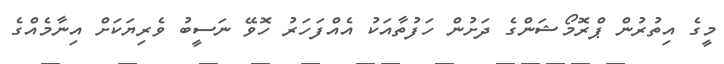
މީގެ އިތުރުން ޕްރޮމޯޝަންގެ ދަށުން ހަފުތާއަކު އެއްފަހަރު ހޮވޭ ނަސީބު ވެރިޔަކަށް އިނާމެއްގެ